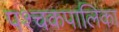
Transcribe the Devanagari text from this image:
पश्चकपालिका